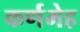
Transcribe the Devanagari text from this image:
कर्णमेह